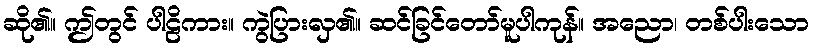
ဆို၏။ ဤတွင် ပါဠိကား။ ကွဲပြားလှ၏။ ဆင်ခြင်တော်မူပါကုန်။ အညော၊ တစ်ပါးသော